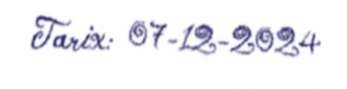
Tarix: 07-12-2024